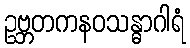
ဥဗ္ဘတကနဝသန္ဓာဂါရံ